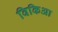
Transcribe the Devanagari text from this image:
विकिआ